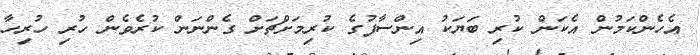
އެހެންކަމުން އެކަން ކުރި ބަޔަކު އިންސާފުގެ ކުރިމަށްޗަށް ގެންނަން ކުރެވެން ހުރި ހުރިހާ